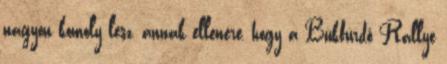
nagyon komoly lesz, annak ellenére, hogy a Bükfürdő Rallye